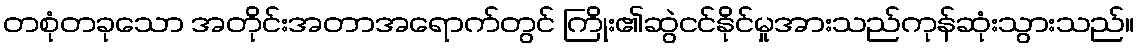
တစုံတခုသော အတိုင်းအတာအရောက်တွင် ကြိုး၏ဆွဲငင်နိုင်မှုအားသည်ကုန်ဆုံးသွားသည်။